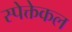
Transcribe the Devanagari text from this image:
स्पेक्तेकल